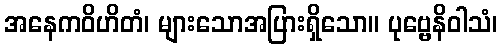
အနေကဝိဟိတံ၊ များသောအပြားရှိသော။ ပုဗ္ဗေနိဝါသံ၊